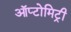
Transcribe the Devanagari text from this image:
ऑप्टोमिट्री